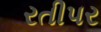
રતીપર